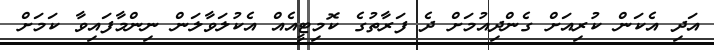
އަދި އެކަން ކުރިއަށް ގެންދިއުމަށް ދެ ފަރާތުގެ ކޮމިޓީއެއް އެކުލަވާލަން ނިންމާފައިވާ ކަމަށް